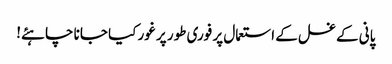
پانی کے غسل کے استعمال پر فوری طور پر غور کیا جانا چاہئے!